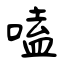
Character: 嗑